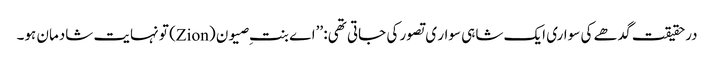
درحقیقت گدھے کی سواری ایک شاہی سوار ی تصور کی جاتی تھی: ’’اے بنتِ صیون (Zion) تو نہایت شادمان ہو۔